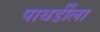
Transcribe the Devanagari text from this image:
पाथर्डीला